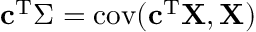
\mathbf { c } ^ { \mathrm { { T } } } \Sigma = \operatorname { c o v } ( \mathbf { c } ^ { \mathrm { { T } } } \mathbf { X } , \mathbf { X } )